65_HS1-834228961_62-HQ-83894_Serial_438
Agency: FBI
Page 25
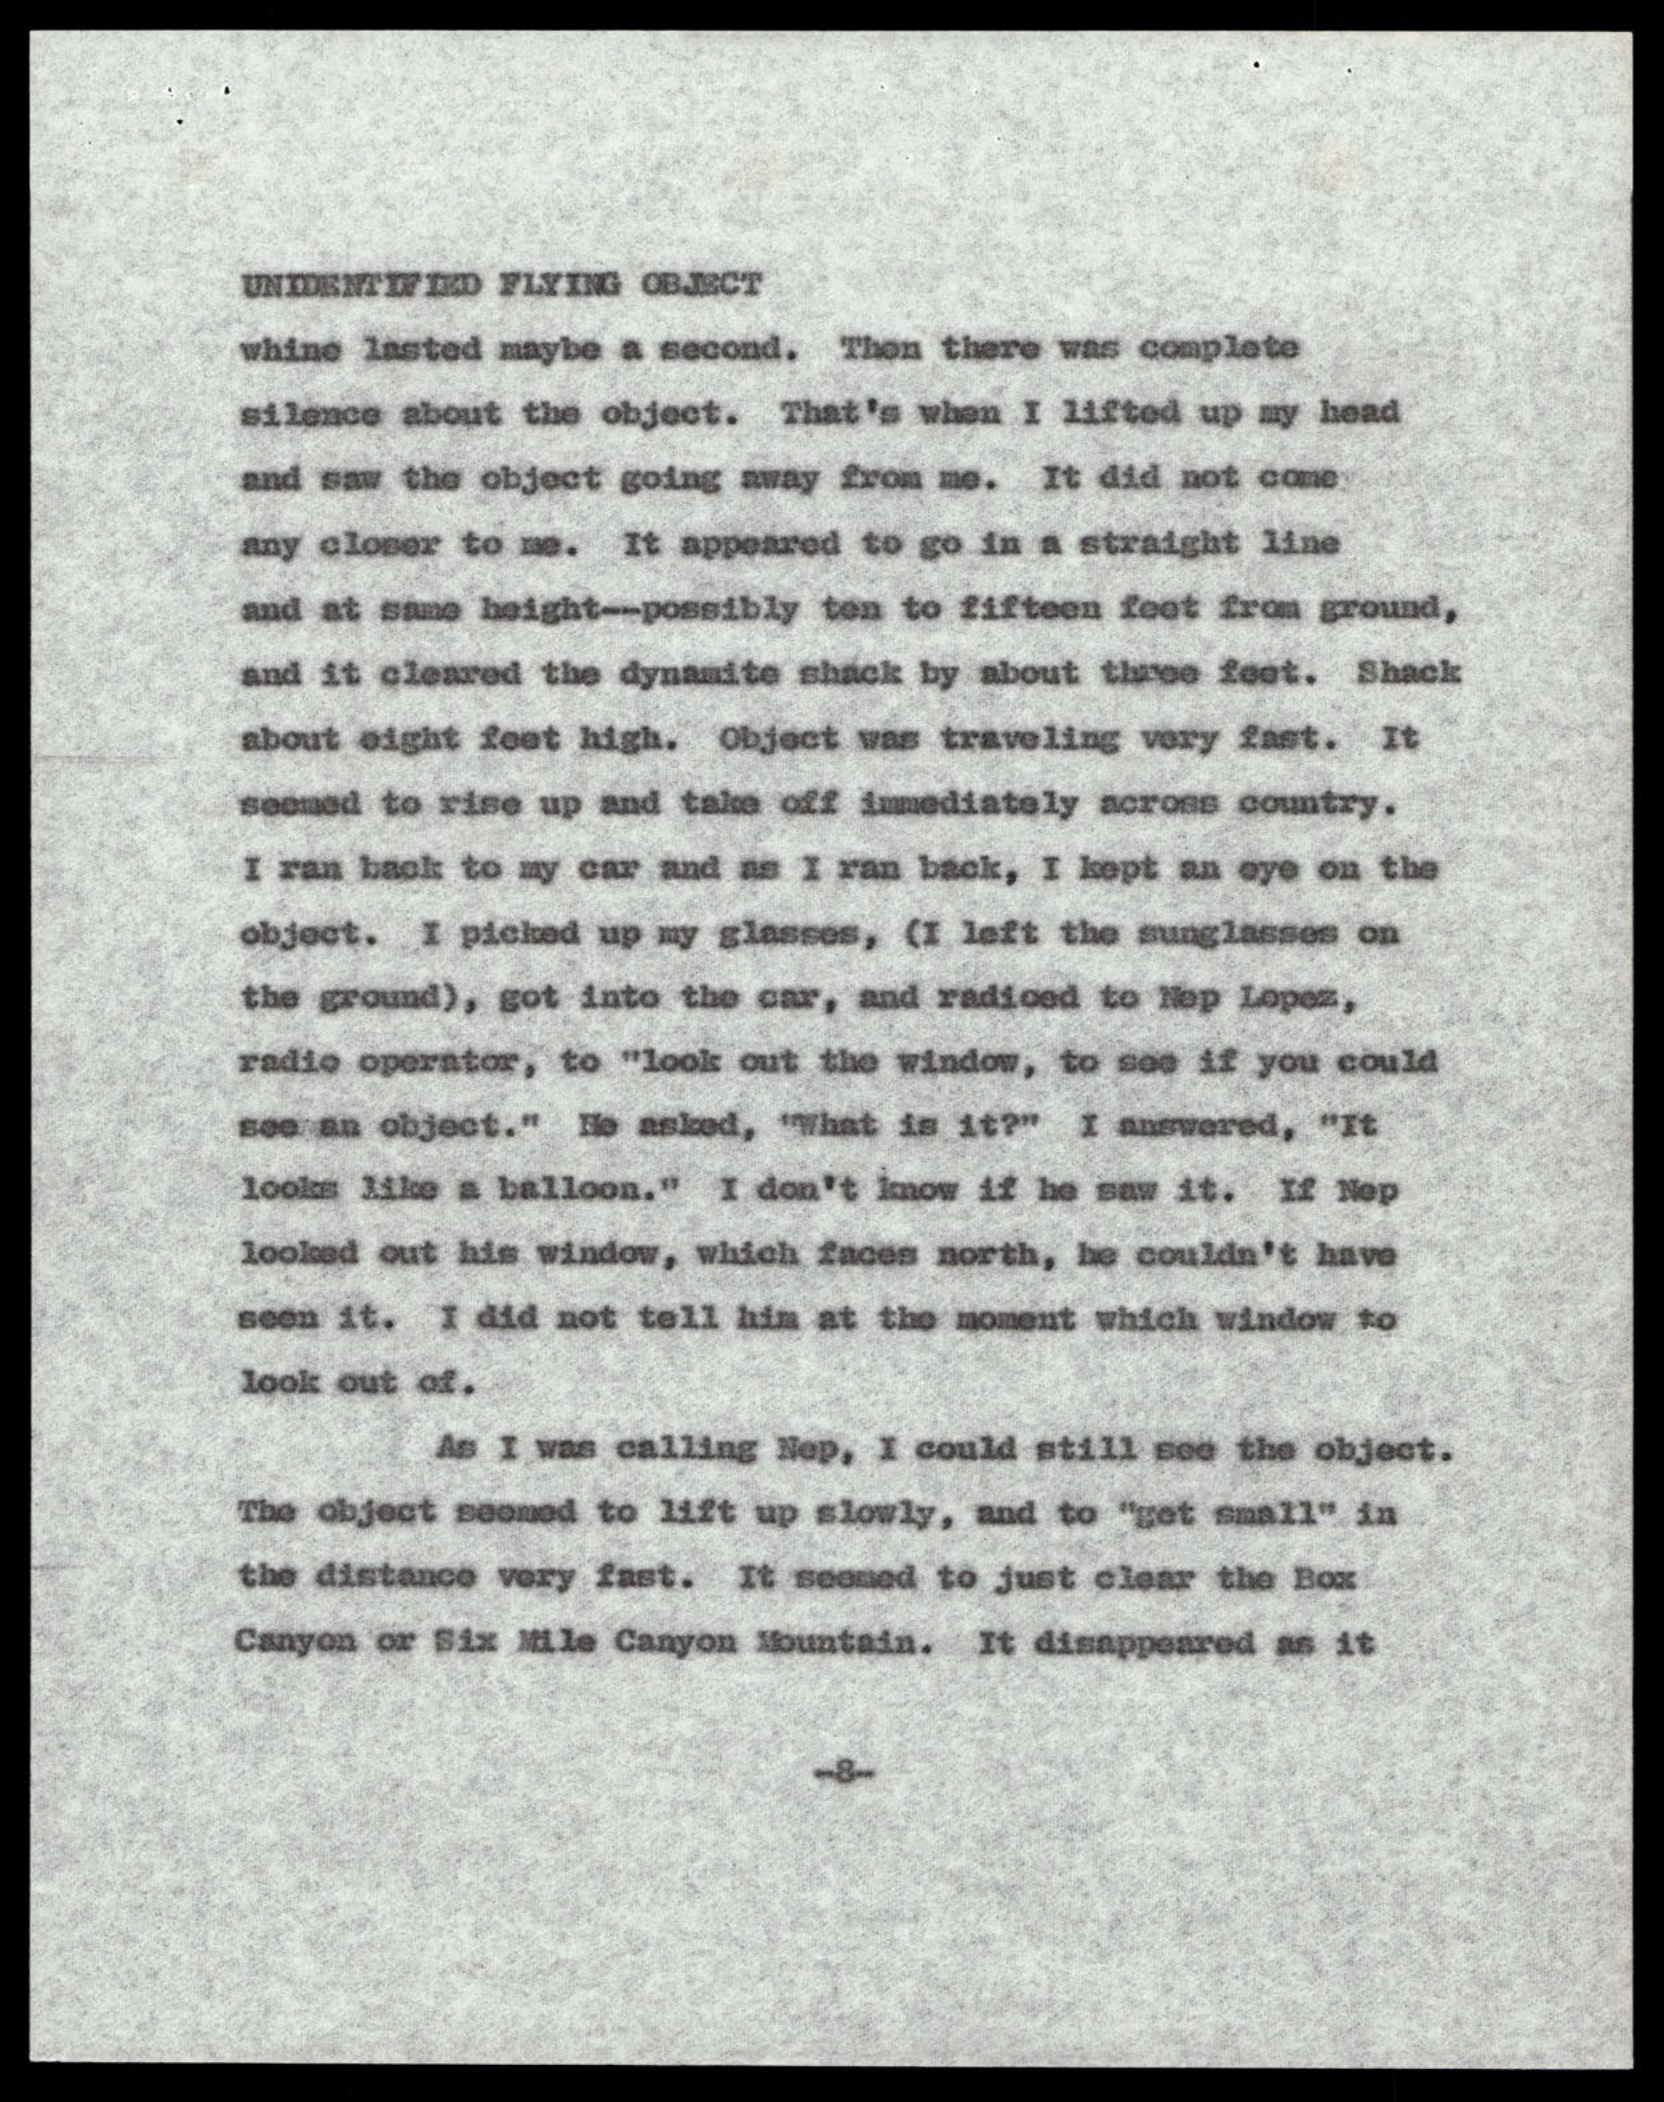